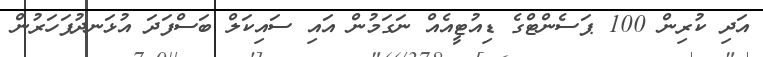
އަދި ކުރިން 100 ޕަސެންޓްގެ ޑިއުޓީއެއް ނަގަމުން އައި ސައިކަލް ބަސްފަދަ އުޅަނދުފަހަރުން